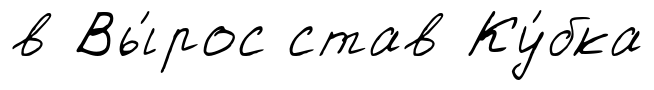
в Вы́рос став Ку́бка